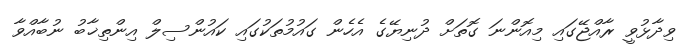
ވިދާޅުވީ ރާއްޖޭގައި މިއޮންނަ ގޮތަށް ދުނިޔޭގެ އެހެން ގައުމުތަކުގައި ކައުންސިލް އިންތިޚާބު ނުބާއްވާ